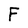
Character: F